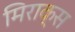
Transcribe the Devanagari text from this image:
मिराक्स